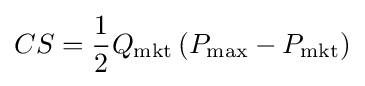
CS={\frac {1}{2}}Q_{\mathrm {mkt} }\left(P_{\max }-P_{\mathrm {mkt} }\right)